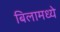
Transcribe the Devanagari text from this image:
बिलामध्ये